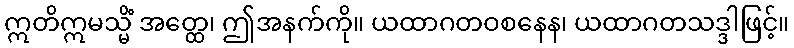
ဣတိဣမသ္မိံ အတ္ထေ၊ ဤအနက်ကို။ ယထာဂတဝစနေန၊ ယထာဂတသဒ္ဒါဖြင့်။